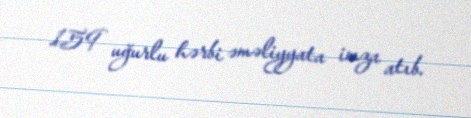
159 uğurlu hərbi əməliyyata imza atıb.